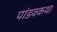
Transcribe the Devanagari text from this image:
पांडवकथा